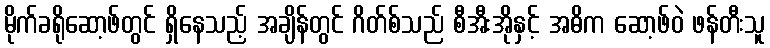
မိုက်ခရိုဆော့ဖ်တွင် ရှိနေသည့် အချိန်တွင် ဂိတ်စ်သည် စီအီးအိုနှင့် အဓိက ဆော့ဖ်ဝဲ ဖန်တီးသူ